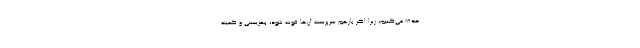
حذف می‌کنیم، زیرا اگر بازهم سرپرست آن‌ها فوت شود، بهزیستی و کمیته